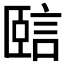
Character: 𧧃